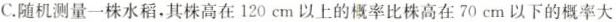
C.随机测量一株水稻，其株高在120cm以上的概率比株高在70cm以下的概率大